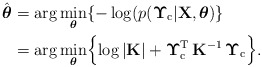
\begin{align*}\hat{\boldsymbol{\theta}} & =\arg\underset{\boldsymbol{\theta}}{\min}\{-\log(p(\boldsymbol{\Upsilon}_{\mathrm{c}}\vert\mathbf{X},\boldsymbol{\theta})\} \\ & =\arg\underset{\boldsymbol{\theta}}{\min}\Bigl\{\log|\mathbf{K}|+\boldsymbol{\Upsilon}_{\mathrm{c}}^{\mathrm{T}}\,\mathbf{K}{}^{-1}\,\boldsymbol{\Upsilon}_{\mathrm{c}}\Bigr\}.\end{align*}